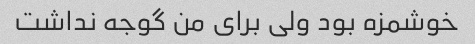
خوشمزه بود ولی برای من گوجه نداشت